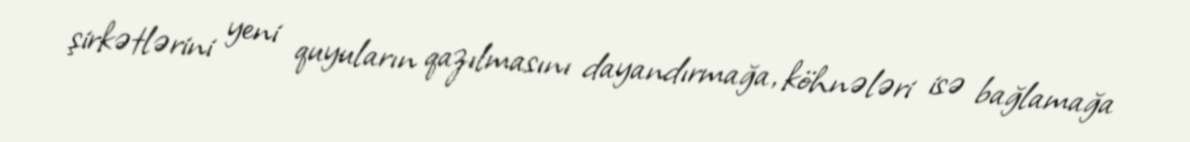
şirkətlərini yeni quyuların qazılmasını dayandırmağa, köhnələri isə bağlamağa